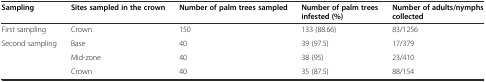
<table><thead><tr><td><b>Sampling</b></td><td><b>Sites sampled in the crown</b></td><td><b>Number of palm trees sampled</b></td><td><b>Number of palm trees infested (%)</b></td><td><b>Number of adults/nymphs collected</b></td></tr></thead><tbody><tr><td>First sampling</td><td>Crown</td><td>150</td><td>133 (88.66)</td><td>83/1256</td></tr><tr><td rowspan="3">Second sampling</td><td>Base</td><td>40</td><td>39 (97.5)</td><td>17/379</td></tr><tr><td>Mid-zone</td><td>40</td><td>38 (95)</td><td>23/410</td></tr><tr><td>Crown</td><td>40</td><td>35 (87.5)</td><td>88/154</td></tr></tbody></table>